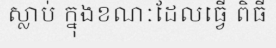
ស្លាប់ ក្នុងខណៈដែលធ្វើ ពិធី